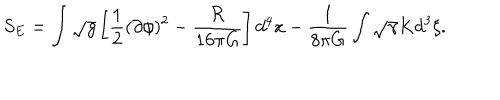
S _ { E } = \int \sqrt { g } \left[ { \frac { 1 } { 2 } } ( \partial \phi ) ^ { 2 } - { \frac { \cal R } { 1 6 \pi G } } \right] d ^ { 4 } x - { \frac { 1 } { 8 \pi G } } \int \sqrt { \gamma } K d ^ { 3 } \xi .